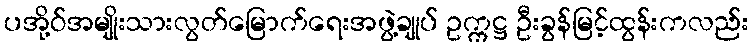
ပအို့ဝ်အမျိုးသားလွတ်မြောက်ရေးအဖွဲ့ချုပ် ဥက္ကဋ္ဌ ဦးခွန်မြင့်ထွန်းကလည်း